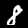
Digit: 8